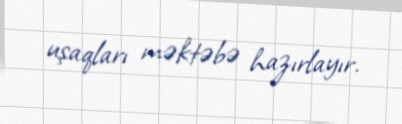
uşaqları məktəbə hazırlayır.